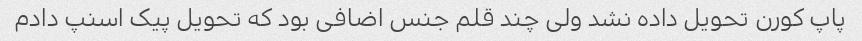
پاپ کورن تحویل داده نشد ولی چند قلم جنس اضافی بود که تحویل پیک اسنپ دادم